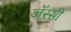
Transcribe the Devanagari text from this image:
जॅस्सी